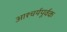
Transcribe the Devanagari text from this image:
आश्चर्यपूर्वक